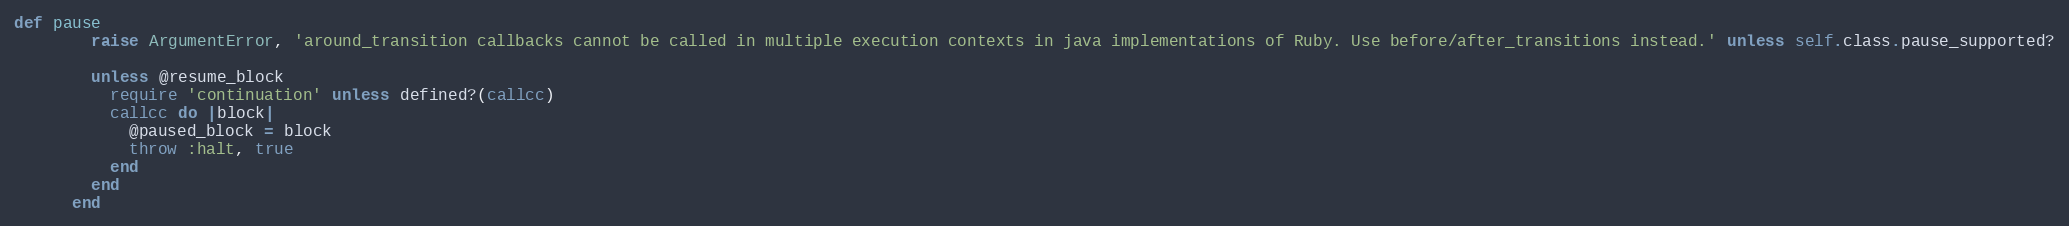
Language: Ruby
def pause
        raise ArgumentError, 'around_transition callbacks cannot be called in multiple execution contexts in java implementations of Ruby. Use before/after_transitions instead.' unless self.class.pause_supported?

        unless @resume_block
          require 'continuation' unless defined?(callcc)
          callcc do |block|
            @paused_block = block
            throw :halt, true
          end
        end
      end